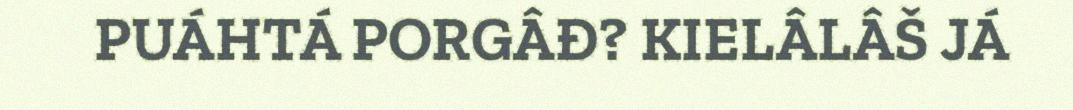
PUÁHTÁ PORGÂĐ? KIELÂLÂŠ JÁ